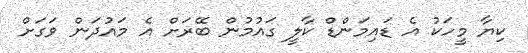
ކިޔާ މީހަކު އެ ޑައިމަންޑް ކާލީ ގައުމުން ބޭރަށް އެ މައުދަން ވަގަށް